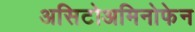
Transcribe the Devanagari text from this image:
असिटोअमिनोफेन